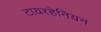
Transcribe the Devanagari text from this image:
टायरहेनियन